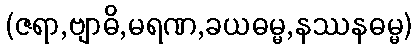
(ဇရာ,ဗျာဓိ,မရဏ,ခယဓမ္မ,နဿနဓမ္မ)